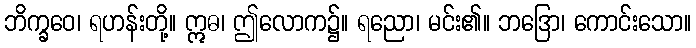
ဘိက္ခဝေ၊ ရဟန်းတို့။ ဣဓ၊ ဤလောက၌။ ရညော၊ မင်း၏။ ဘဒြော၊ ကောင်းသော။